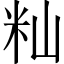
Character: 籼